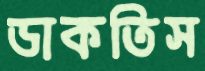
ডাকতিস